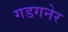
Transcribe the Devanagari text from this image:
गडगनेर